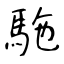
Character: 駞